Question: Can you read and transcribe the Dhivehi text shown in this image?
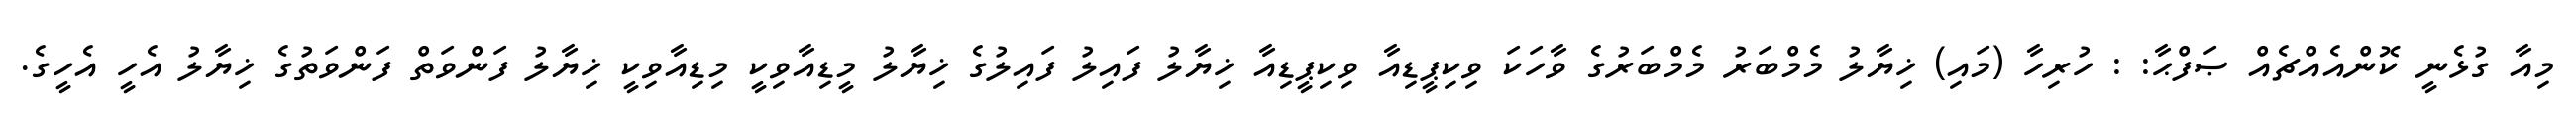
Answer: މިއާ ގުޅެނީ ކޮންއެއްޗެއް ޞަފްޙާ: : ހުރިހާ (މައި) ޚިޔާލު މެމްބަރު މެމްބަރުގެ ވާހަކަ ވިކިޕީޑިއާ ވިކިޕީޑިއާ ޚިޔާލު ފައިލު ފައިލުގެ ޚިޔާލު މީޑިއާވިކީ މިޑިއާވިކީ ޚިޔާލު ފަންވަތް ފަންވަތުގެ ޚިޔާލު އެހީ އެހީގެ.